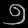
Digit: ၅